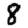
Digit: 8